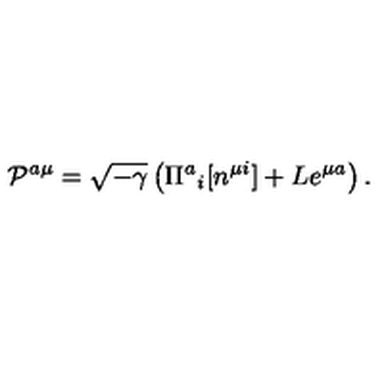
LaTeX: { \cal P } ^ { a \mu } = \sqrt { - \gamma } \left( \Pi ^ { a } { } _ { i } [ n ^ { \mu i } ] + L e ^ { \mu a } \right) .